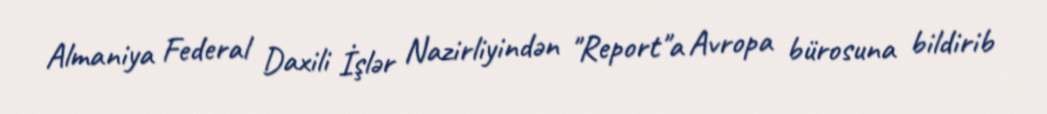
Almaniya Federal Daxili İşlər Nazirliyindən "Report"a Avropa bürosuna bildirib